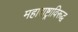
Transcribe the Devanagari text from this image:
महाराष्ट्राविरूद्ध